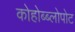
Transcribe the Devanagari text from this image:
कोहोब्ब्लोपोट